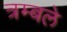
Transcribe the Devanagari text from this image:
त्रम्बले